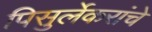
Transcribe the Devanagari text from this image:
पिसुर्लेकरांचे